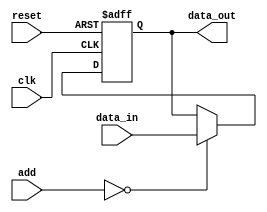
module dev_input (
    input [31:0] data_in,

    input clk, reset,
    input [3:2] add,

    output reg [31:0] data_out
);

    initial begin
        data_out = 32'b0;
    end

    always @ (posedge clk, posedge reset) begin
        if (reset) begin
            data_out = 32'b0;
        end
        else begin
            data_out = (add == 2'b00) ? data_in : data_out;
        end
    end
    
endmodule